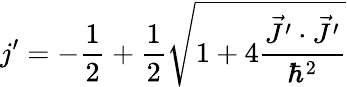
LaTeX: j^{\prime}=-\frac{1}{2}+\frac{1}{2}\sqrt{1+4\frac{\vec{J^{\prime}}\cdot{\vec{J^{\prime}}}}{\hbar^{2}}}